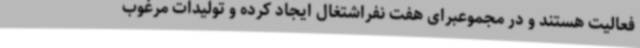
فعالیت هستند و در مجموعبرای هفت نفراشتغال ایجاد کرده و تولیدات مرغوب